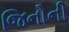
જિનોની